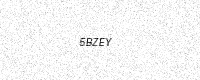
Text: 5BZEY